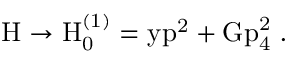
\mathrm { H \to H _ { 0 } ^ { ( 1 ) } = y \vec { p } ^ { 2 } + G p _ { 4 } ^ { 2 } ~ . }